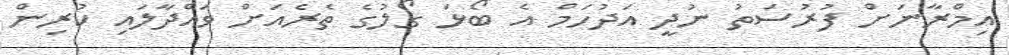
އިމްރާނަށް ފުރުސަތު ނުދީ އަދުހަމް އެ ބޯޅަ ގޯލުގެ ތެރެއަށް ވައްދާލައި ކުރިން